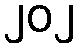
၂၀၂